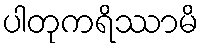
ပါတုကရိဿာမိ